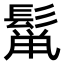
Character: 𮫋